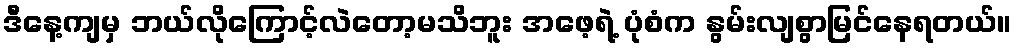
ဒီနေ့ကျမှ ဘယ်လိုကြောင့်လဲတော့မသိဘူး အဖေ့ရဲ့ ပုံစံက နွမ်းလျစွာမြင်နေရတယ်။